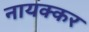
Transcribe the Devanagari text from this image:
नायक्कर